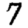
Digit: 7